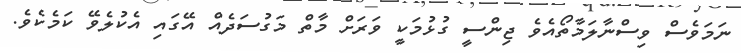
ނަމަވެސް ވިސްނާލަމާތޯއެވެ ޖިންސީ ގުޅުމަކީ ވަރަށް މާތް މަގުސަދެއް އޭގައި އެކުލެވޭ ކަމެކެވެ.